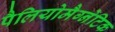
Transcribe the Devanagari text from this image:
पैलियोमैग्नेटिक